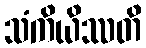
သံကိယိဿတိ